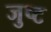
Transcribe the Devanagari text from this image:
जुष्ट